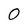
Character: O